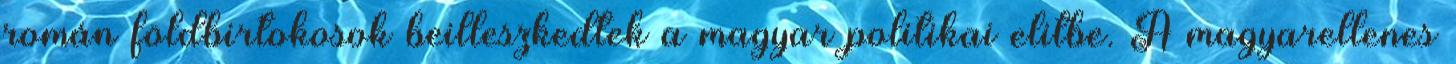
román földbirtokosok beilleszkedtek a magyar politikai elitbe. A magyarellenes